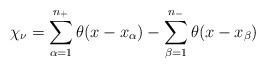
LaTeX: \begin{align*}\chi_{\nu}=\sum_{\alpha=1}^{n_+} \theta (x-x_{\alpha}) -\sum_{\beta=1}^{n_-} \theta (x-x_{\beta})\end{align*}